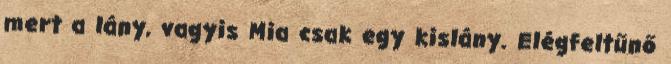
mert a lány, vagyis Mia csak egy kislány. Elégfeltűnő